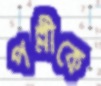
পল্লীকে